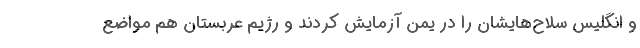
و انگلیس سلاح‌هایشان را در یمن آزمایش کردند و رژیم عربستان هم مواضع